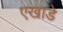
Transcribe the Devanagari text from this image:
एखाडे